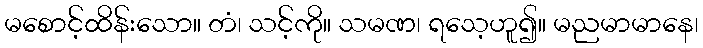
မစောင့်ထိန်းသော။ တံ၊ သင့်ကို။ သမဏ၊ ရသေ့ဟူ၍။ မညမာမာနေ၊